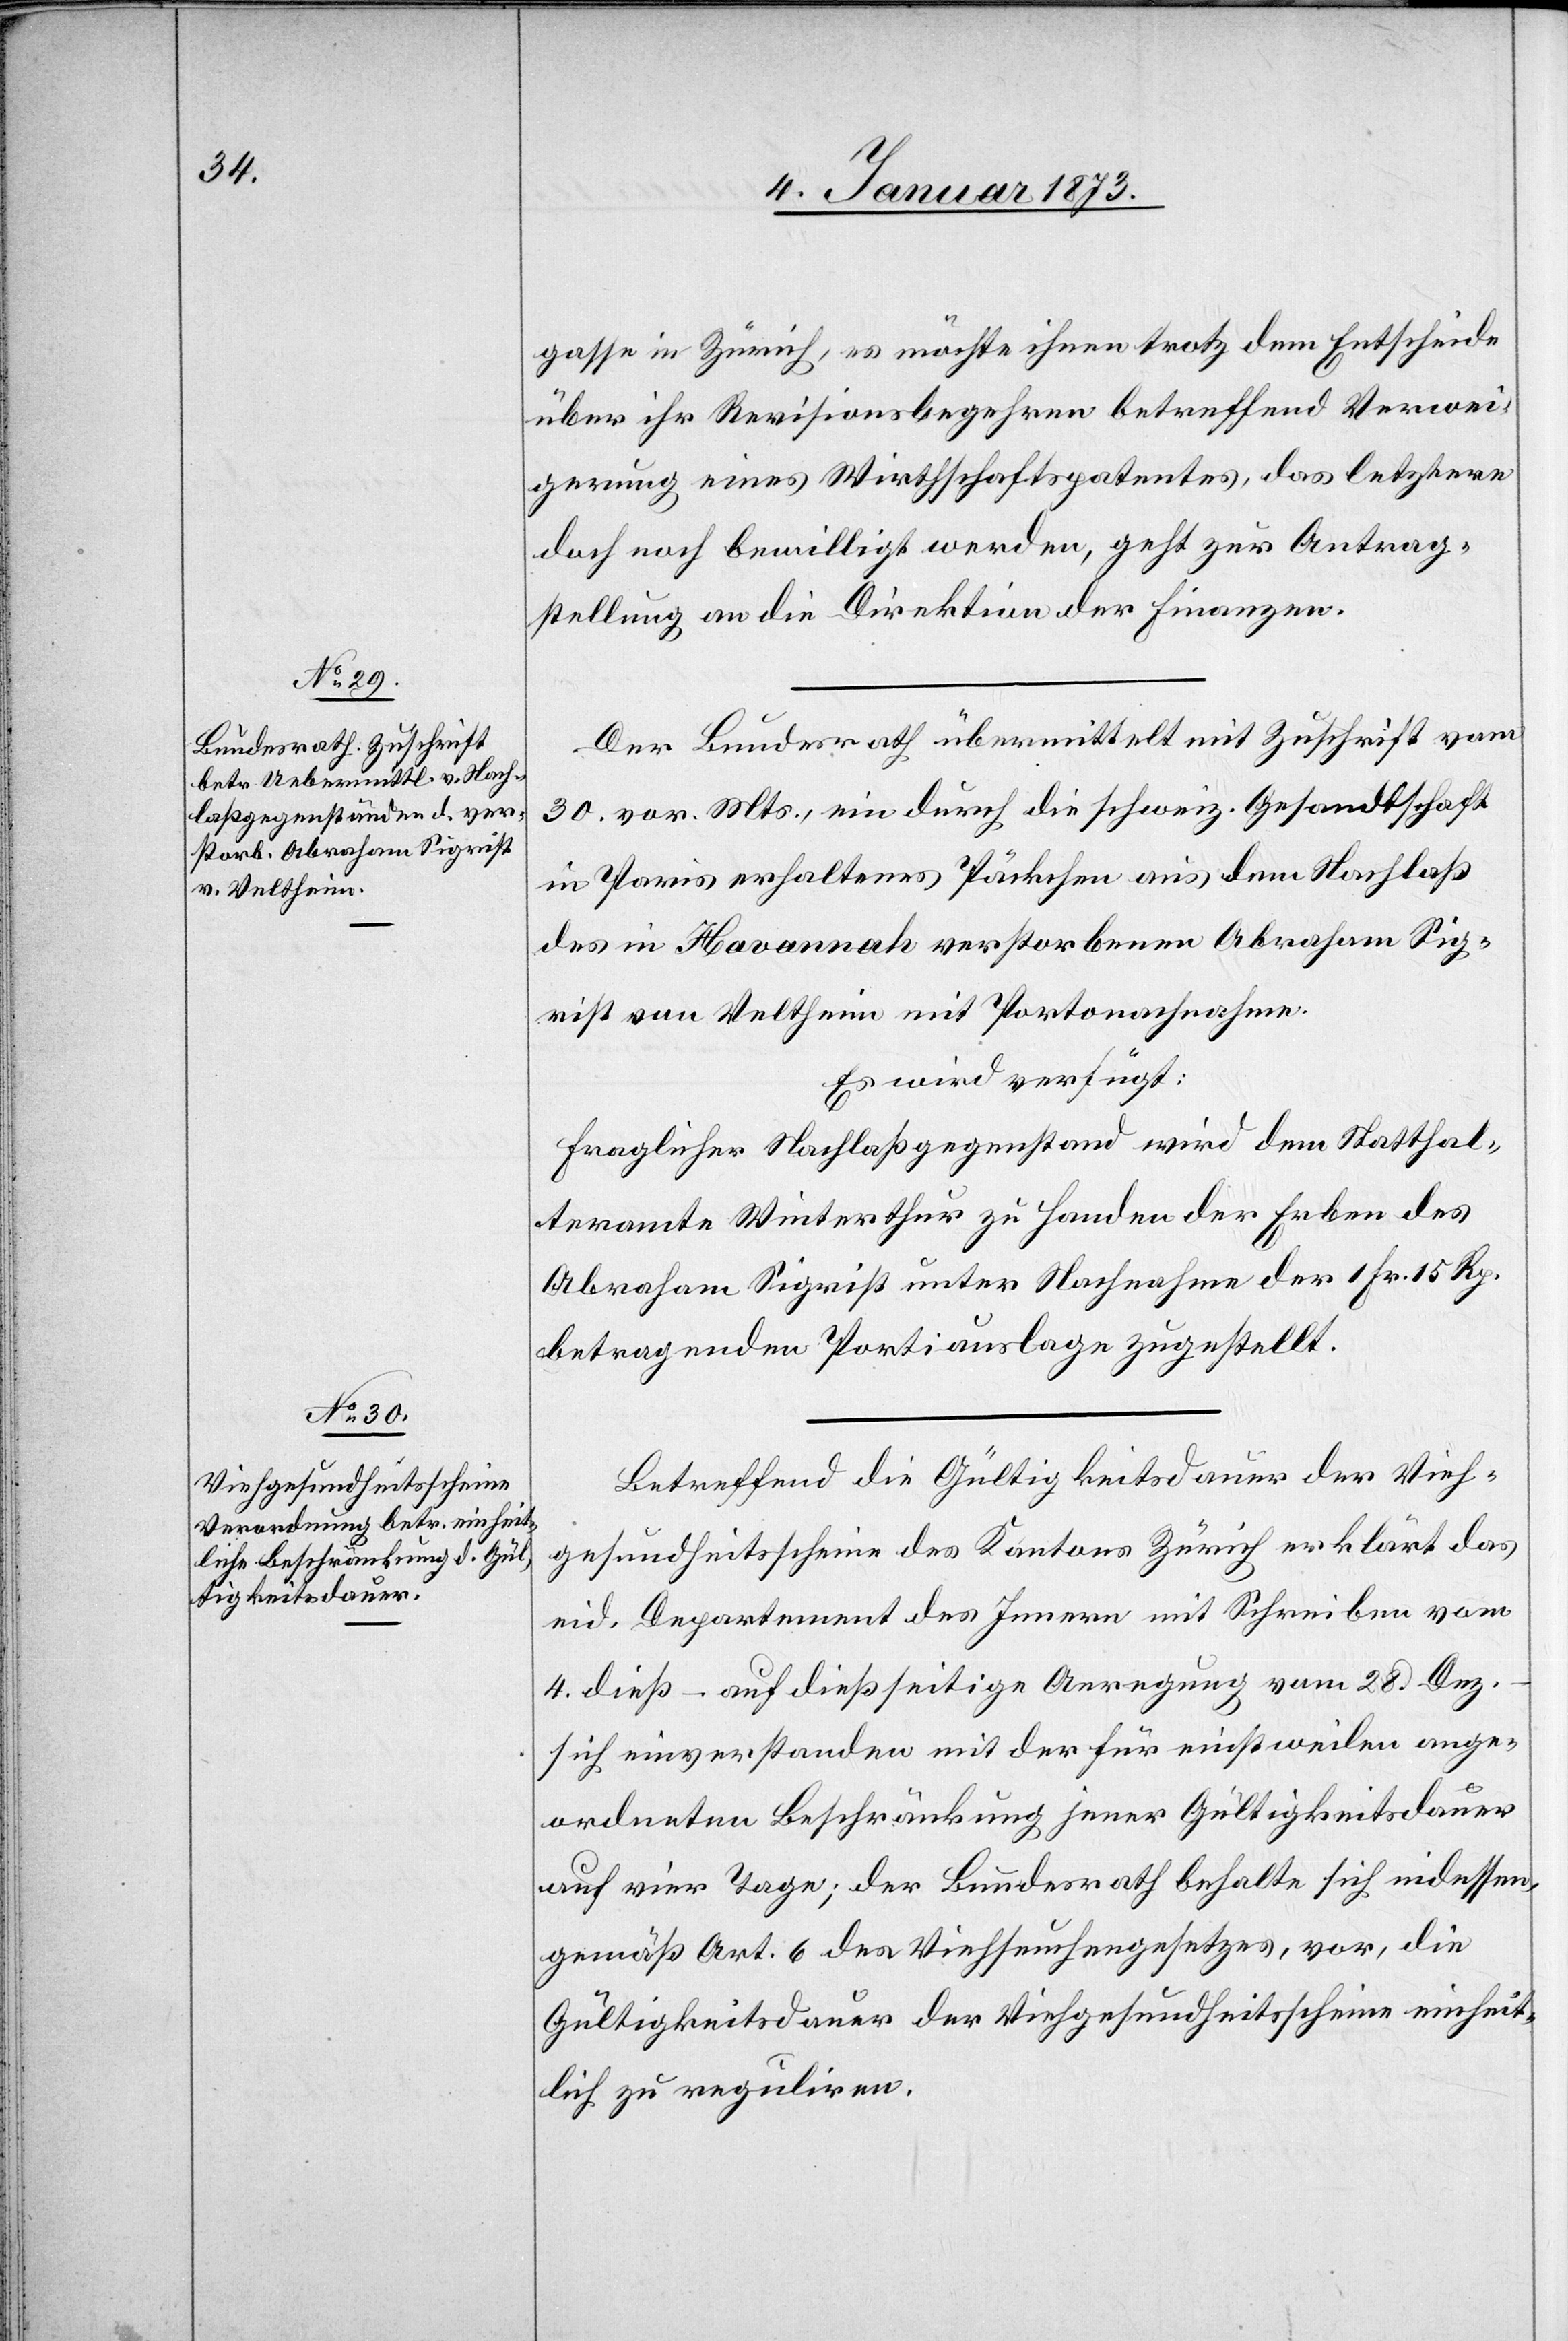
4. Januar 1873]
gasse in Zürich, es möchte ihnen trotz dem Entscheide
über ihr Revisionsbegehren betreffend Verwei¬
gerung eines Wirthschaftspatentes, das letztere
doch noch bewilligt werden, geht zur Antrag¬
stellung an die Direktion der Finanzen.
Der Bundesrath übermittelt mit Zuschrift vom
30. vor. Mts., ein durch die schweiz. Gesandtschaft
in Paris erhaltenes Päckchen aus dem Nachlaß
des in Havannah verstorbenen Abraham Sig¬
rist von Veltheim mit Portonachnahme.
Es wird verfügt:
Fraglicher Nachlaßgegenstand wird dem Statthal¬
teramte Winterthur zu Handen der Erben des
Abraham Sigrist unter Nachnahme der 1. Fr. 15 Rp.
betragenden Portiauslage zugestellt.
Betreffend die Gültigkeitsdauer der Vieh¬
gesundheitsscheine des Kantons Zürich erklärt das
eid. Departement des Innern mit Schreiben vom
4. dieß – auf dießseitige Anregung vom 28. Dez.
sich einverstanden mit der für einstweilen ange¬
ordneten Beschränkung jener Gültigkeitsdauer
auf vier Tage; der Bundesrath behalte sich indessen
gemäß Art. 6 des Viehseuchengesetzes, vor, die
Gültigkeitsdauer der Viehgesundheitsscheine einheit¬
lich zu reguliren.